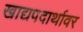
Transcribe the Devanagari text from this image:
खाद्यपदार्थावर